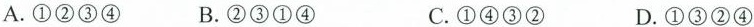
A.①②③④ B.②③①④ C.①④③② D.①③②④